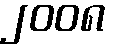
၂၀၀၈